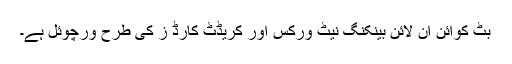
بِٹ کوائن آن لائن بینکنگ نیٹ ورکس اور کریڈٹ کارڈ ز کی طرح ورچوئل ہے۔